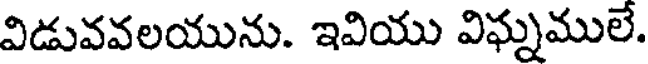
విడువవలయును. ఇవియు విఘ్నములే.